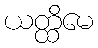
ယတ္ထိမေ